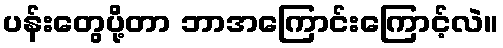
ပန်းတွေပို့တာ ဘာအကြောင်းကြောင့်လဲ။